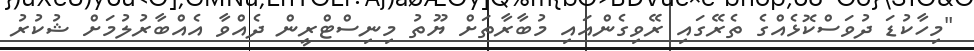
"މިހާކުޑަ ދުވަސްކޮޅެއްގެ ތެރޭގައި ރޭވިގެންއައި މުބާރާތަށް ޔޫތު މިނިސްޓްރީން ދެއްވާ އެއްބާރުލުމަށް ޝުކުރު